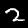
Label: 2